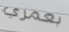
بعمري